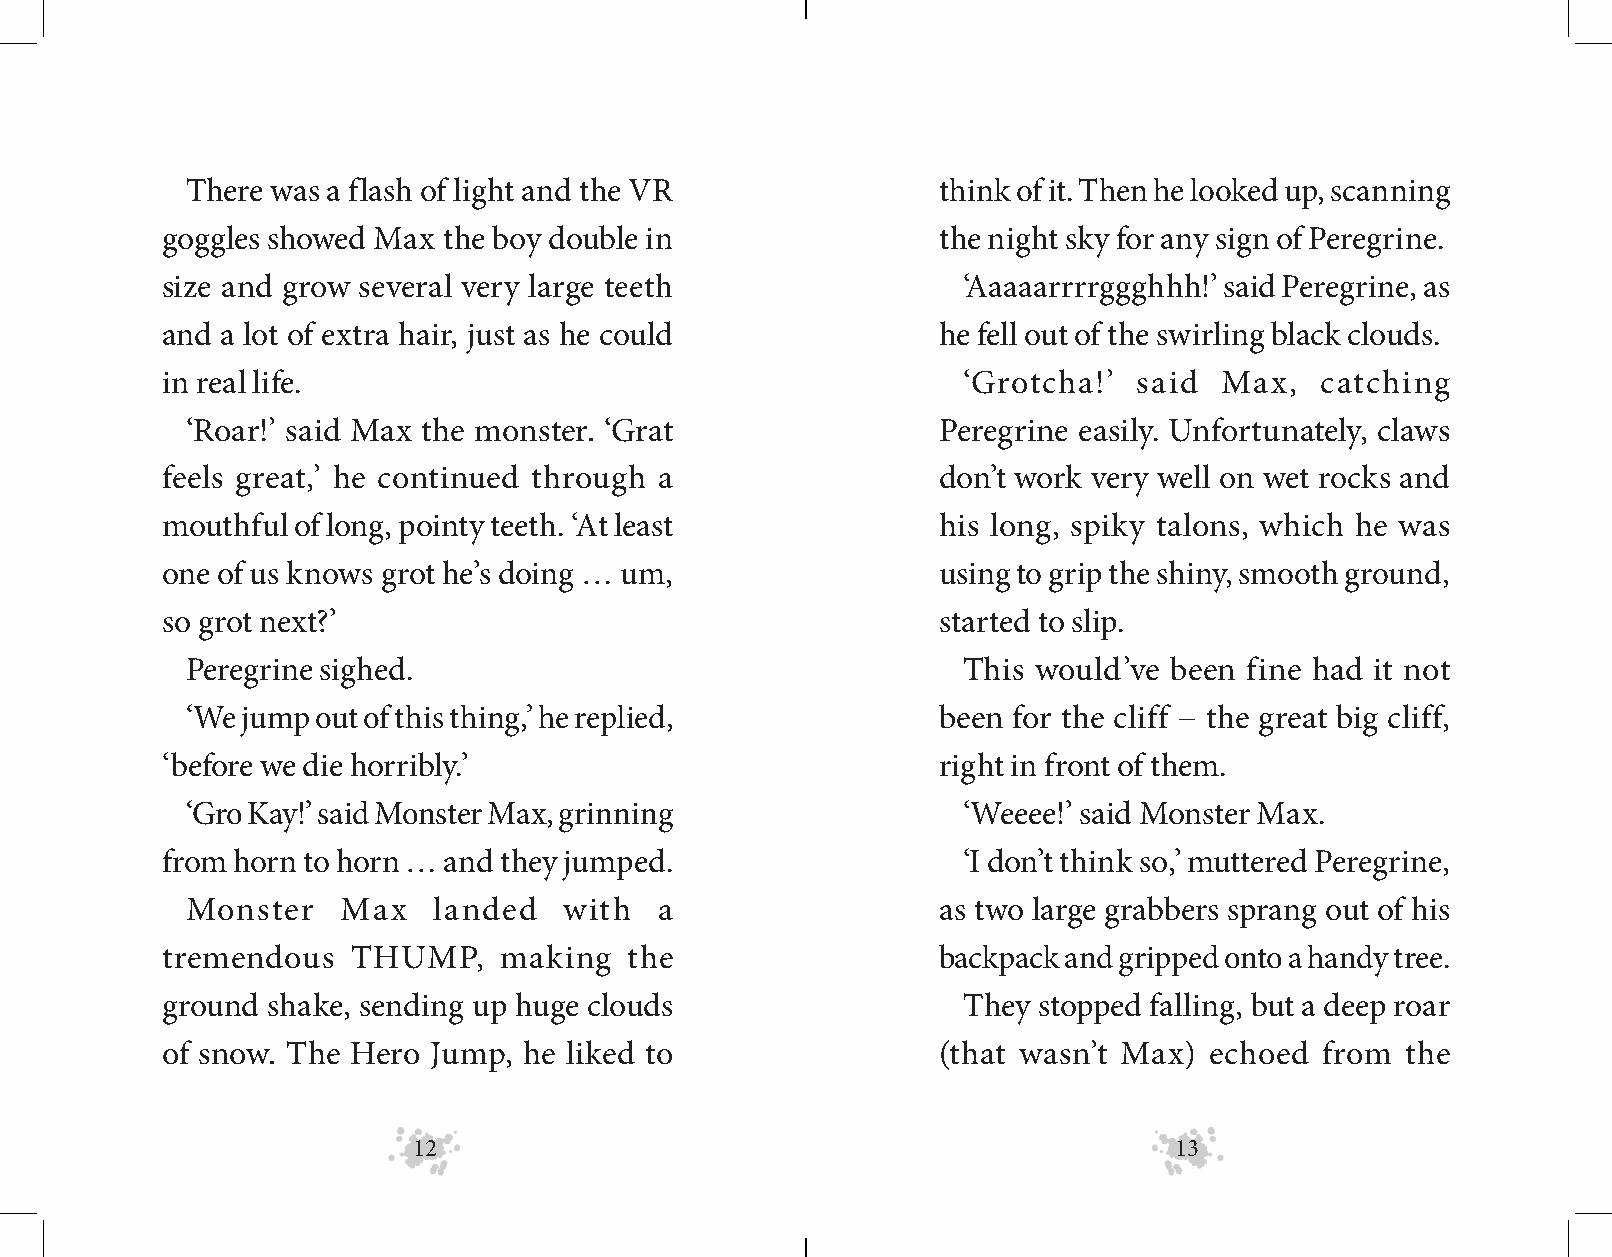
There was a flash of light and the VR             think of it. Then he looked up, scanning
 goggles showed Max the boy double in               the night sky for any sign of Peregrine.
 size and grow several very large teeth               ‘Aaaaarrrrggghhh!’ said Peregrine, as
 and a lot of extra hair, just as he could          he fell out of the swirling black clouds.
 in real life.                                        ‘Grotcha!’ said  Max,  catching
 ‘Roar!’ said Max the monster. ‘Grat               Peregrine easily. Unfortunately, claws
 feels great,’ he continued through a               don’t work very well on wet rocks and
 mouthful of long, pointy teeth. ‘At least          his long, spiky talons, which he was
 one of us knows grot he’s doing … um,              using to grip the shiny, smooth ground,
 so grot next?’                                     started to slip.
 Peregrine sighed.                                   This would’ve been fine had it not
 ‘We jump out of this thing,’ he replied,          been for the cliff − the great big cliff,
 ‘before we die horribly.’                          right in front of them.
 ‘Gro Kay!’ said Monster Max, grinning               ‘Weeee!’ said Monster Max.
 from horn to horn … and they jumped.                 ‘I don’t think so,’ muttered Peregrine,
 Monster   Max    landed  with   a                 as two large grabbers sprang out of his
 tremendous  THUMP,    making   the                 backpack and gripped onto a handy tree.
 ground shake, sending up huge clouds                 They stopped falling, but a deep roar
 of snow. The Hero Jump, he liked to                (that wasn’t Max) echoed from  the
 12                                                 13